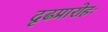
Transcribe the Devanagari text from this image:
दृढप्रारोहः